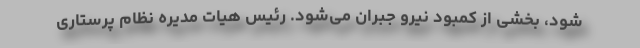
شود، بخشی از کمبود نیرو جبران می‌شود. رئیس هیات مدیره نظام پرستاری